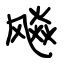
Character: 飚